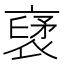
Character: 裦